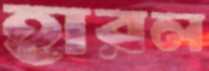
হারল